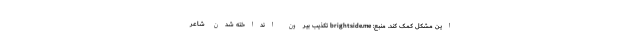
این مشکل کمک کند. منبع: brightside.me تکذیب بیرون انداخته شدن شاعر